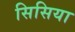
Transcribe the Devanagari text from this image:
सिसिया